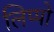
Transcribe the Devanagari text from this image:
लिप्पो